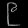
Digit: ၉